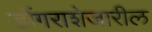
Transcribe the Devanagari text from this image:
डोंगराशेजारील